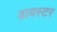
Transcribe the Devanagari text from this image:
डायस्टर